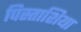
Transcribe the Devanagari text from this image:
पिस्ताशिया